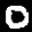
Label: 0